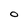
Character: O